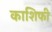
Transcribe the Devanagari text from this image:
काशिफी